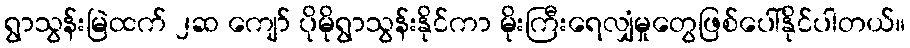
ရွာသွန်းမြဲထက် ၂ဆ ကျော် ပိုမိုရွာသွန်းနိုင်ကာ မိုးကြီးရေလျှံမှုတွေဖြစ်ပေါ်နိုင်ပါတယ်။